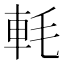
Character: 軞